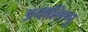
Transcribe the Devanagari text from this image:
अनबलिप्पु